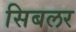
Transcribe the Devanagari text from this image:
सिबलर